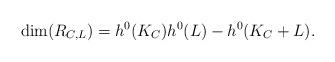
LaTeX: \begin{align*} \dim(R_{C,L}) &= h^0(K_C)h^0(L) - h^0(K_C+L). \end{align*}